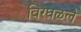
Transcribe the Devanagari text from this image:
विरघळले